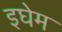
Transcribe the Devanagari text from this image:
इघेम